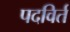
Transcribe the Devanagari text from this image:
पदविर्त